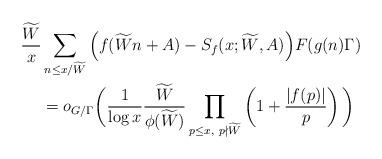
LaTeX: \begin{align*}\frac{\widetilde{W}}{x} &\sum_{n \leq x/\widetilde{W}} \Big(f(\widetilde{W}n+A) - S_f(x;\widetilde{W},A)\Big) F(g(n)\Gamma)\\ &= o_{G/\Gamma}\bigg(\frac{1}{\log x} \frac{\widetilde{W}}{\phi(\widetilde{W})} \prod_{\substack{p \leq x,~ p \nmid \widetilde W}}\left(1+ \frac{|f(p)|}{p}\right)\bigg)\end{align*}